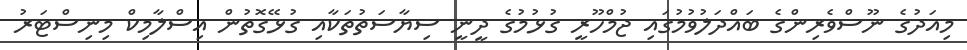
މިއަދުގެ ނޫސްވެރިންގެ ބައްދަލުވުމުގައި ޖުމްހޫރީ ގުޅުމުގެ ދީނީ ސިޔާސަތުތަކާއި ގުޅޭގޮތުން އިސްލާމިކް މިނިސްޓަރު